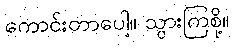
ကောင်းတာပေါ့။ သွားကြစို့။